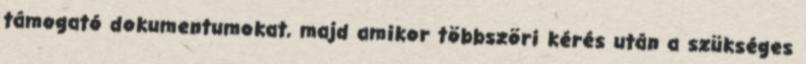
támogató dokumentumokat, majd amikor többszöri kérés után a szükséges